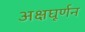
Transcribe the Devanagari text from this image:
अक्षघूर्णन